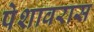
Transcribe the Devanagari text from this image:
पेशावरास